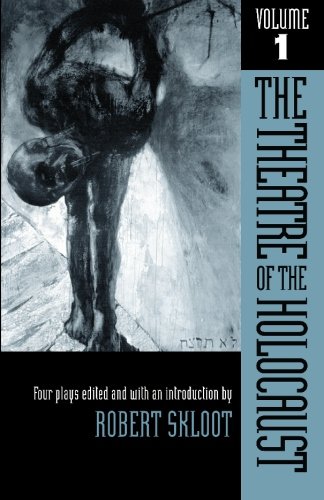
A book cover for The Theatre of the Holocaust, Volume 1: Four Plays; Humor & Entertainment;